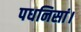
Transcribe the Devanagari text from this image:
पधनिसां।